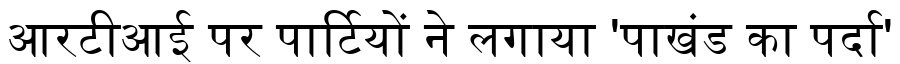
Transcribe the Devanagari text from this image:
आरटीआई पर पार्टियों ने लगाया 'पाखंड का पर्दा'